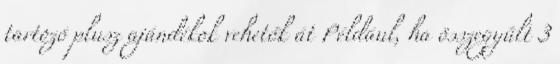
tartozó plusz ajándékok vehetők át Például, ha összegyűlt 3